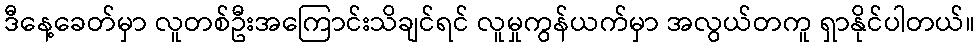
ဒီနေ့ခေတ်မှာ လူတစ်ဦးအကြောင်းသိချင်ရင် လူမှုကွန်ယက်မှာ အလွယ်တကူ ရှာနိုင်ပါတယ်။